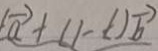
\overrightarrow { a } + ( 1 - t ) \overrightarrow { b }